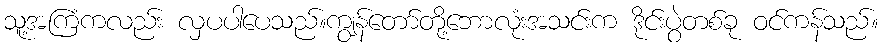
သူ့အကြံကလည်း လှပပါပေသည်။ကျွန်တော်တို့ဘောလုံးအသင်းက ဒိုင်းပွဲတစ်ခု ဝင်ကန်သည်။